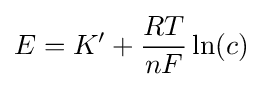
E=K'+{\frac {RT}{nF}}\ln(c)